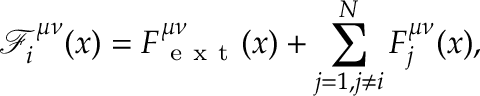
\mathcal { F } _ { i } ^ { \mu \nu } ( x ) = F _ { \mathrm { ~ e ~ x ~ t ~ } } ^ { \mu \nu } ( x ) + \sum _ { j = 1 , j \neq i } ^ { N } F _ { j } ^ { \mu \nu } ( x ) ,